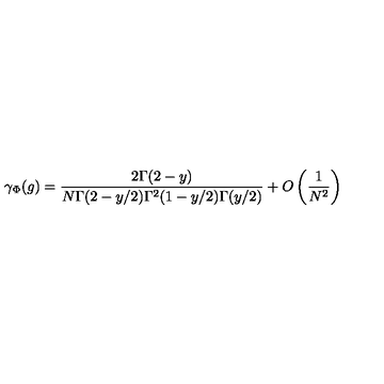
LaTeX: \gamma _ { \Phi } ( g ) = \frac { 2 \Gamma ( 2 - y ) } { N \Gamma ( 2 - y / 2 ) \Gamma ^ { 2 } ( 1 - y / 2 ) \Gamma ( y / 2 ) } + O \left( \frac { 1 } { N ^ { 2 } } \right)